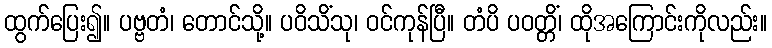
ထွက်ပြေး၍။ ပဗ္ဗတံ၊ တောင်သို့။ ပဝိသိံသု၊ ဝင်ကုန်ပြီ။ တံပိ ပဝတ္တိံ၊ ထိုအကြောင်းကိုလည်း။